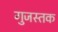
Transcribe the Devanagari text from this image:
गुजस्तक